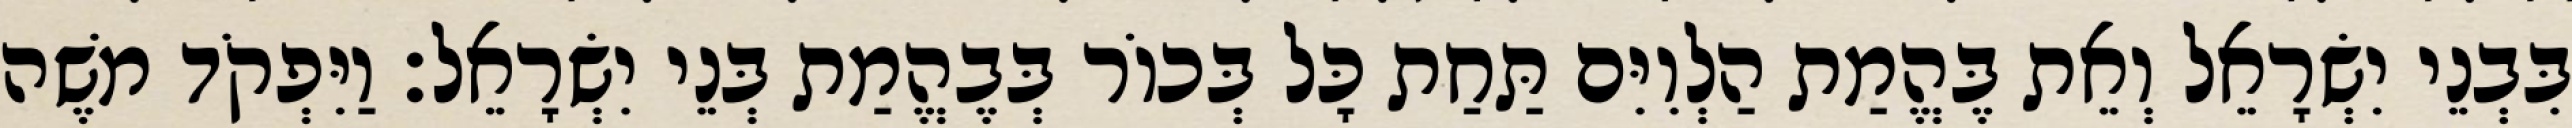
בִּבְנֵי יִשְׂרָאֵל וְאֵת בֶּהֱמַת הַלְוִיִּם תַּחַת כָּל בְּכוֹר בְּבֶהֱמַת בְּנֵי יִשְׂרָאֵל׃ וַיִּפְקֹד משֶׁה